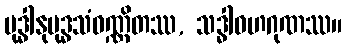
ဗုဒ္ဓါနုဗုဒ္ဓသံဝဏ္ဏိတဿ, သဒ္ဓါဝဟဂုဏဿ။